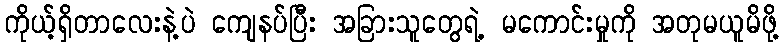
ကိုယ့်ရှိတာလေးနဲ့ပဲ ကျေနပ်ပြီး အခြားသူတွေရဲ့ မကောင်းမှုကို အတုမယူမိဖို့